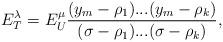
LaTeX: \begin{align*}E_T^{\lambda}=E_U^{\mu}\frac{(y_m-\rho_1)...(y_m-\rho_k)}{(\sigma-\rho_1)...(\sigma-\rho_k)},\end{align*}